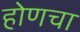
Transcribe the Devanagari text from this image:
होणचा